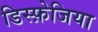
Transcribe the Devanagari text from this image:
डिस्फ़ेजिया